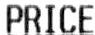
PRICE